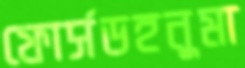
ফোর্সডহনুমা